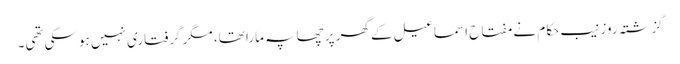
گزشتہ روز نیب حکام نے مفتاح اسماعیل کے گھر پر چھاپہ مارا تھا، مگر گرفتاری نہیں ہوسکی تھی۔